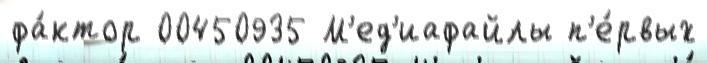
фа́ктор 00450935 М'ед'иафайлы п'е́рвых